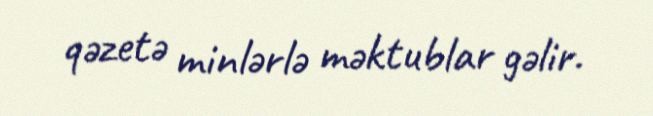
qəzetə minlərlə məktublar gəlir.